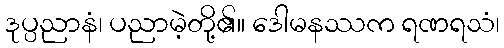
ဒုပ္ပညာနံ၊ ပညာမဲ့တို့၏။ ဒေါမနဿက ရဏရသံ၊